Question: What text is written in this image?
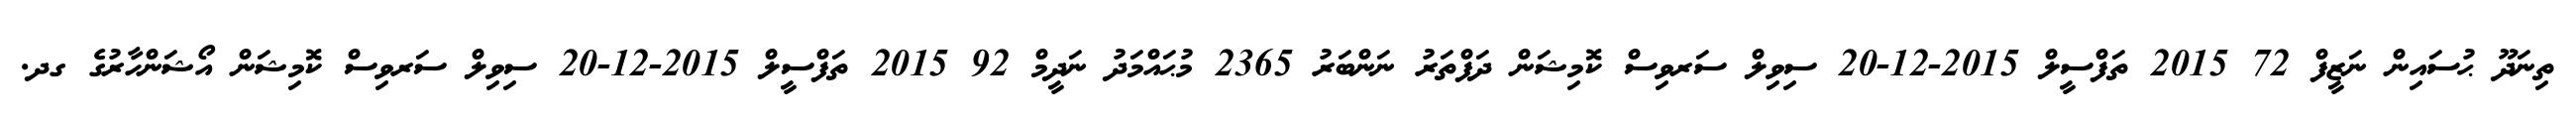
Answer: ތިނަދޫ ޙުސައިން ނަޒީފް 72 2015 ތަފްސީލް 2015-12-20 ސިވިލް ސަރވިސް ކޮމިޝަން ދަފްތަރު ނަންބަރު 2365 މުޙައްމަދު ނަދީމް 92 2015 ތަފްސީލް 2015-12-20 ސިވިލް ސަރވިސް ކޮމިޝަން އޯޝަންހާރުގެ ގދ.